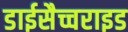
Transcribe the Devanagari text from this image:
डाईसैच्चराइड